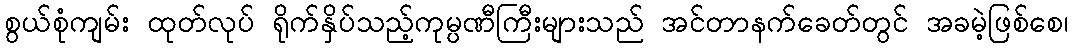
စွယ်စုံကျမ်း ထုတ်လုပ် ရိုက်နှိပ်သည့်ကုမ္ပဏီကြီးများသည် အင်တာနက်ခေတ်တွင် အခမဲ့ဖြစ်စေ၊